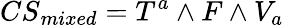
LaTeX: {CS}_{mixed}=T^{a}\wedge F\wedge V_{a}